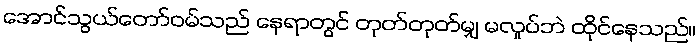
အောင်သွယ်တော်ဝမ်သည် နေရာတွင် တုတ်တုတ်မျှ မလှုပ်ဘဲ ထိုင်နေသည်။